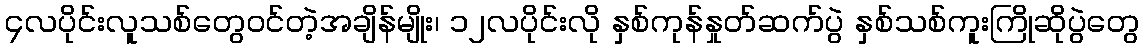
၄လပိုင်းလူသစ်တွေဝင်တဲ့အချိန်မျိုး၊ ၁၂လပိုင်းလို နှစ်ကုန်နှုတ်ဆက်ပွဲ နှစ်သစ်ကူးကြိုဆိုပွဲတွေ